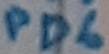
Text: PD6